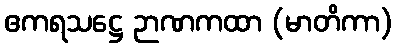
ဧကရသဋ္ဌေ ဉာဏကထာ (မာတိကာ)